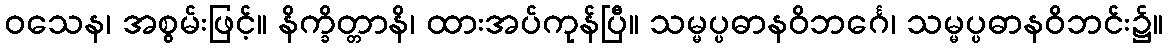
ဝသေန၊ အစွမ်းဖြင့်။ နိက္ခိတ္တာနိ၊ ထားအပ်ကုန်ပြီ။ သမ္မပ္ပဓာနဝိဘင်္ဂေ၊ သမ္မပ္ပဓာနဝိဘင်း၌။